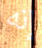
إنه